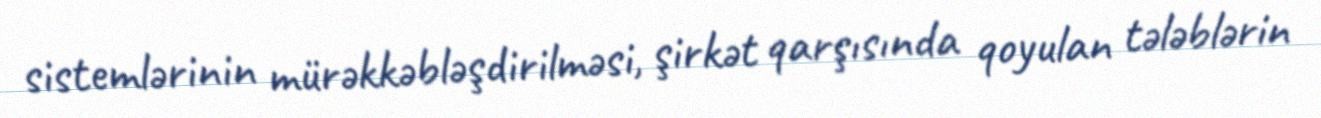
sistemlərinin mürəkkəbləşdirilməsi, şirkət qarşısında qoyulan tələblərin